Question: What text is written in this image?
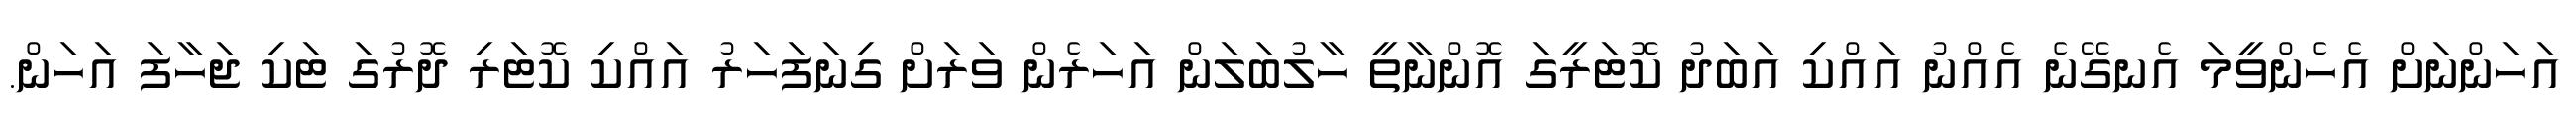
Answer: އަހަންނަށް އެހެންވީމަ އެނގޭނެ އެއްނު އައްކި އަބަދު ކޮޓަރީގަ އޮންނާތީ ހާލުބަލަން އަހަރެން ވަރަށް ގިނަފަހަރު އައްކި ކޮޓަރި ދޮރުގަ ޓަކި ޖަހާފަ އަހަން.